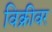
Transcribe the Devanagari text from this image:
विक्रीवर